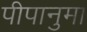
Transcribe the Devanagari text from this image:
पीपानुमा